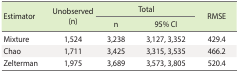
| <ROWSPAN=2> Estimator | <ROWSPAN=2> Unobserved (n) | <COLSPAN=2> Total | <ROWSPAN=2> RMSE |
 | n | 95% Cl |
 | --- | --- | --- | --- | --- |
 | Mixture | 1,524 | 3,238 | 3,127, 3,352 | 429.4 |
 | Chao | 1,711 | 3,425 | 3,315, 3,535 | 466.2 |
 | Zelterman | 1,975 | 3,689 | 3,573, 3,805 | 520.4 |